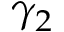
\gamma _ { 2 }